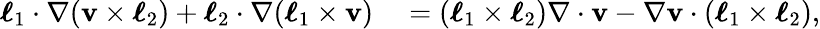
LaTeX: \begin{array}{rl}{\boldsymbol{\ell}_{1}\cdot\nabla(\mathbf{v}\times\boldsymbol{\ell}_{2})+\boldsymbol{\ell}_{2}\cdot\nabla(\boldsymbol{\ell}_{1}\times\mathbf{v})}&{{}=(\boldsymbol{\ell}_{1}\times\boldsymbol{\ell}_{2})\nabla\cdot\mathbf{v}-\nabla\mathbf{v}\cdot(\boldsymbol{\ell}_{1}\times\boldsymbol{\ell}_{2}),}\end{array}